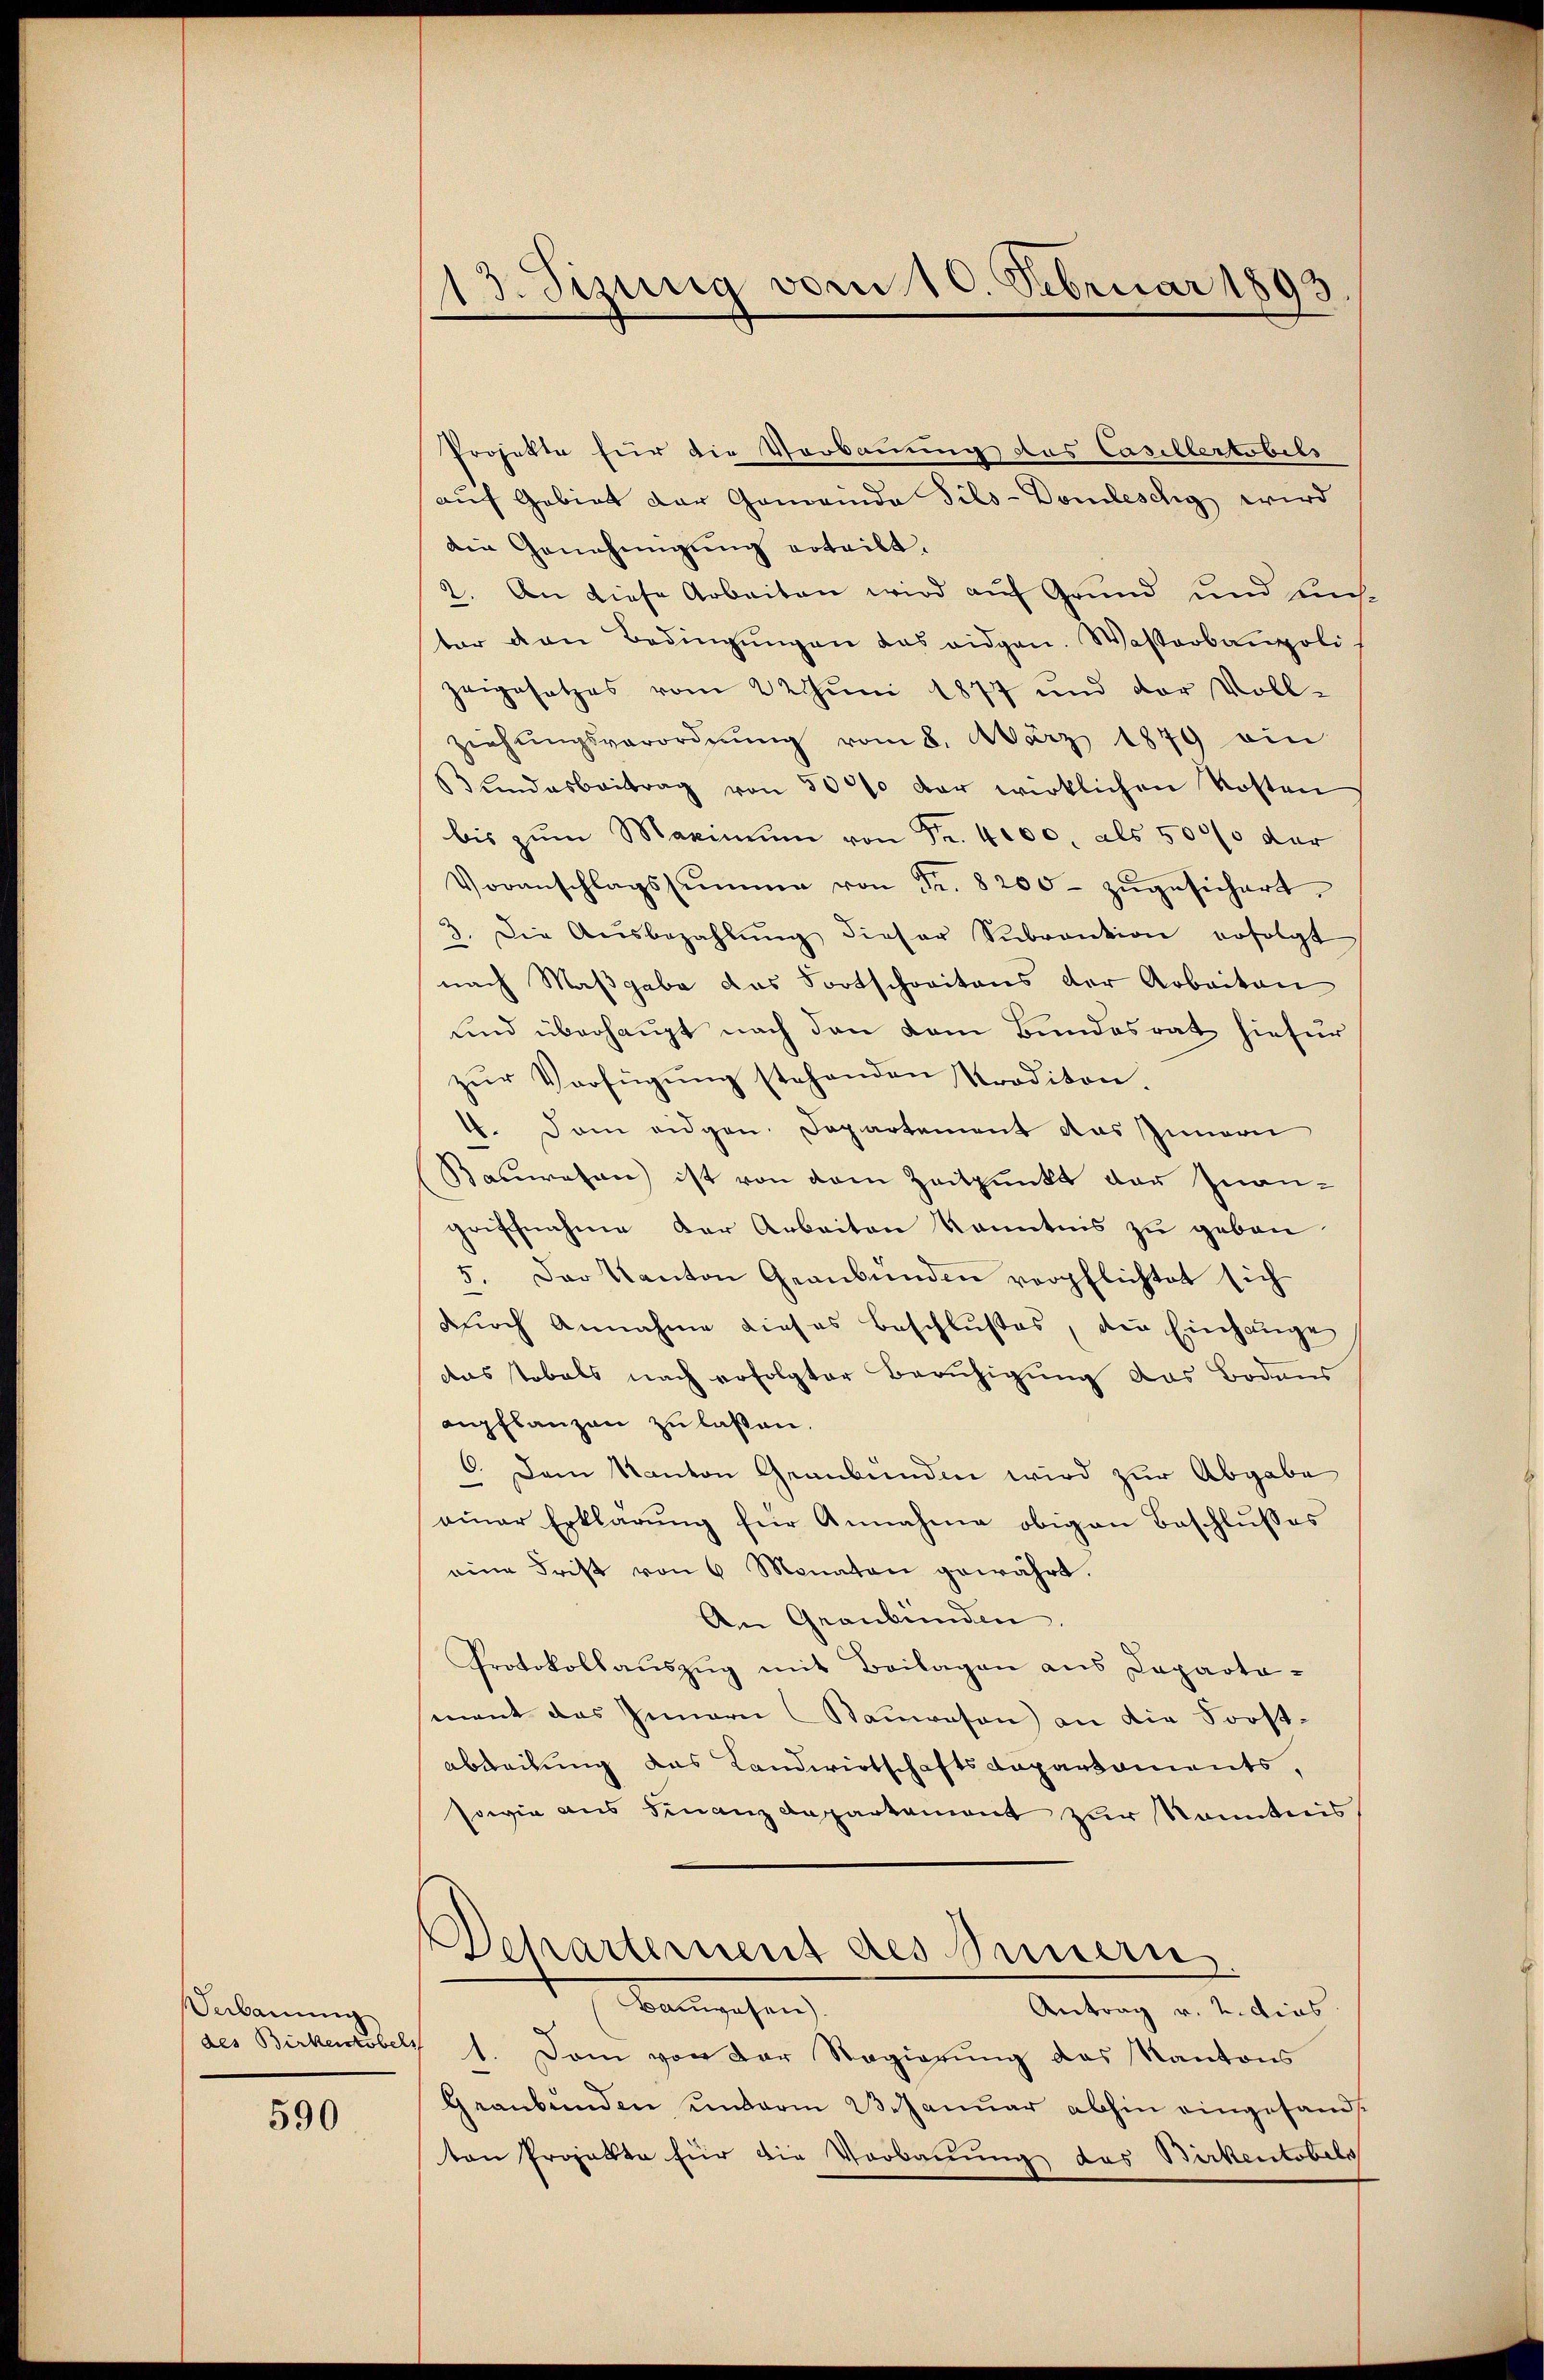
Sabauung

590

13. Sizung vom 10. Februar 1893

Projekte für die Verbauung des Casillertobels
auf Gebiet der Gemeinda Sils-Domleschy wird
die Genehmigŭng erteilt.
2. An diese Arbeiten wird auf Grund und Eichter von Bedingŭngen das eidgen. Wasserbaupoli-
zeigesetzes vom 22 Juni 1877 und der Voll-
ziehŭngsverordnŭng vom 8. März 1879 ein
Bŭndesbeitrag von 500% der wirklichen Kosten
bis zŭm Maximŭm von Fr. 4000. als 5000 der
Voranschlagssumme von Fr. 8200 zŭgesichert.
3. Die Aŭsbezahlŭng dieser Sŭbvention erfolgt
nach Maßgabe das Fortschreitens der Arbeiten
und überhaupt nach den dem Bundesrat hiefür
zŭr Verfügung stehenden Proditon.
4. Dem eidgen. Departement das Innern
Baswesen ist von dem Zeitpunkt der Inan-
griffnahme der Arbeiten kanntnis zu geben.
5. Der Kanton Graubünden verpflichtet sich
dŭrch Annahme dieses Beschlußes, die Einhange
das Tobels nach erfolgter Beruhigung das Bodens
aupflanzen zu laßen.
6. Dem Kanton Graubünden wird zur Abgabe
einer Erklärung für Annahme obigen Beschlusses
eine Frist von 6 Monaten gewährt.
An Graubünden.
Protokollaŭszŭg mit Beilagen aus Departa-
ment das Innern Staŭwesen) an die Forstabdeckung das Landwirtschaftsdepartaments,
sowie aus Finanz Departement zur Kenntnis
Departement des Innern
Bangehen,
Antrag v. 2. dies
des Birkentobels 1. Dem von der Regierung das Kantons
Graubünden unterm 23. Januar abhin eingesamt
ton Projekte für die Vorbauung das Birkentobels